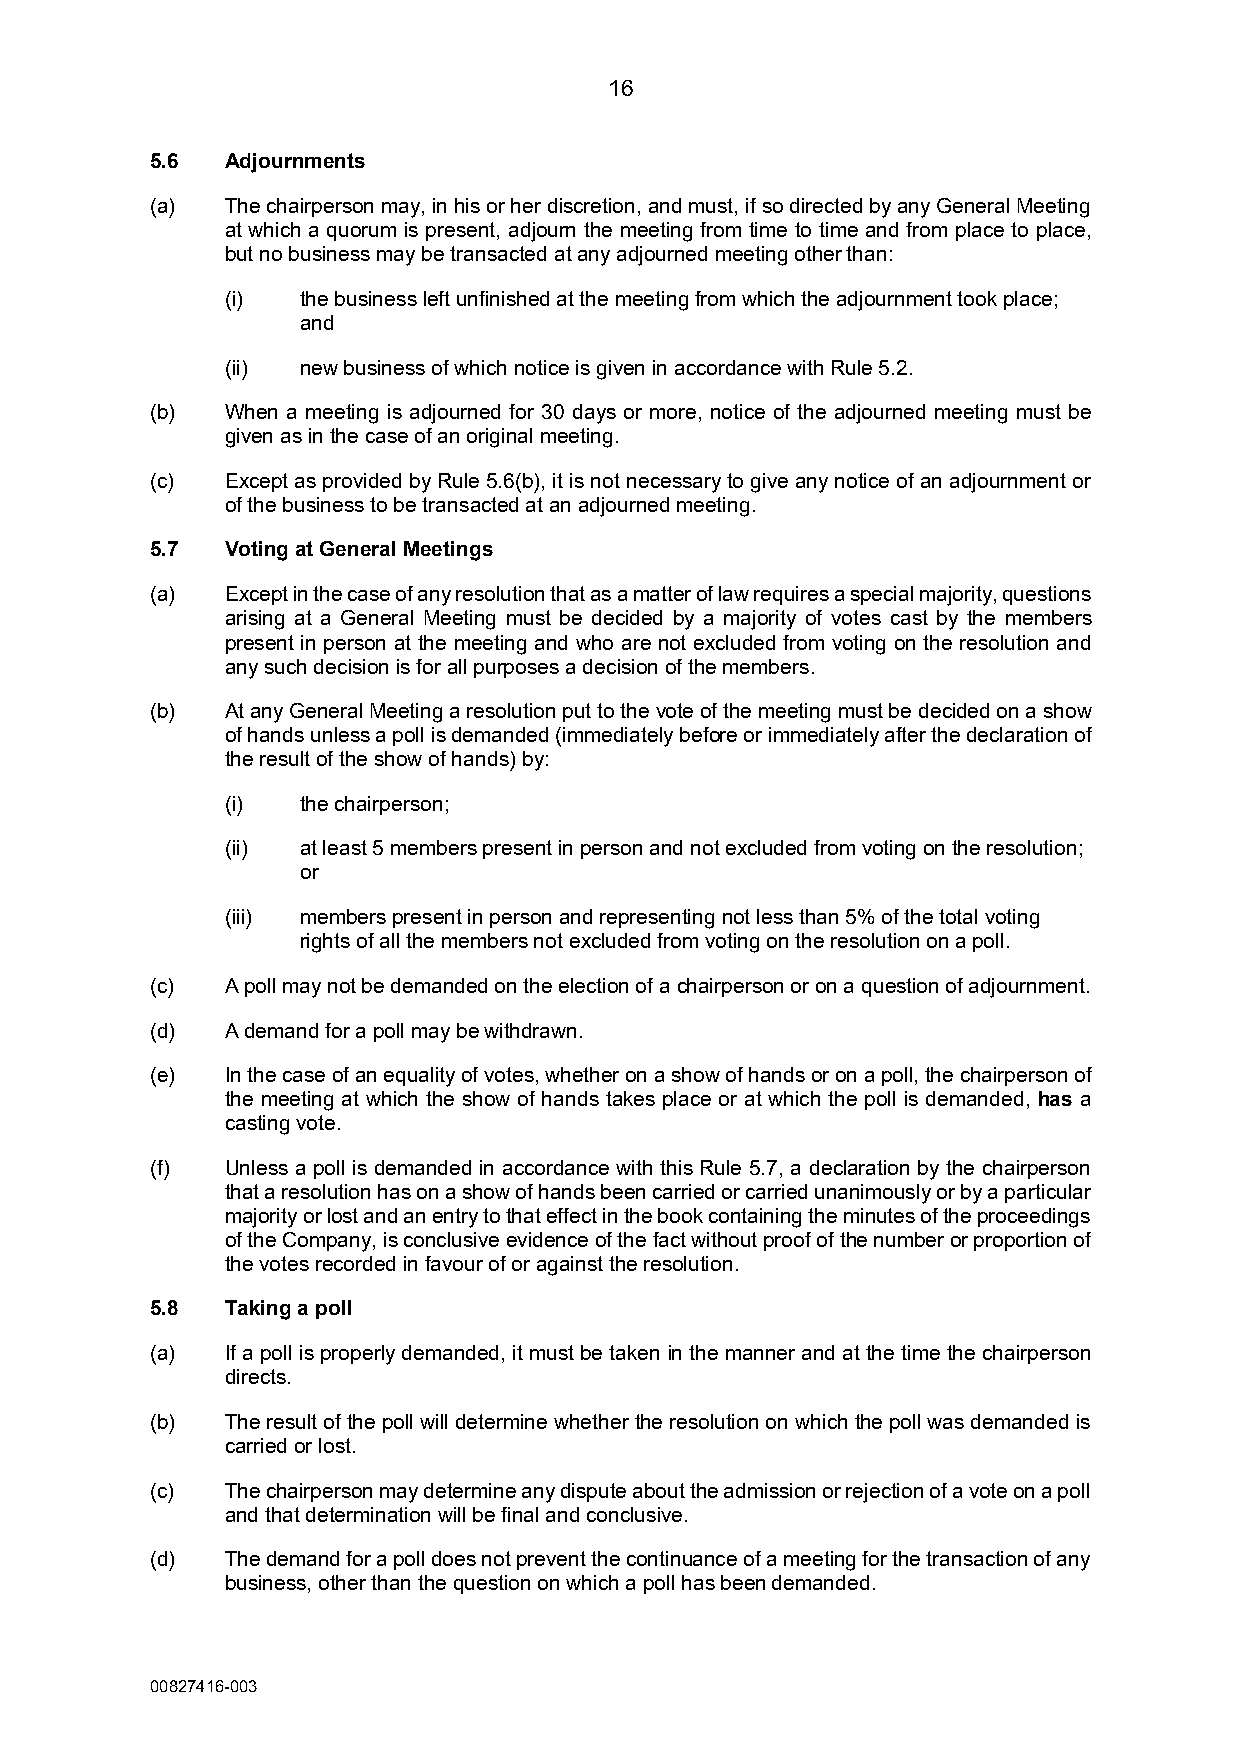
16
 5.6  Adjournments
 (a)  The chairperson may, in his or her discretion, and must, if so directed by any General Meeting
 at which a quorum is present, adjourn the meeting from time to time and from place to place,
 but no business may be transacted at any adjourned meeting other than:
 (i)  the business left unfinished at the meeting from which the adjournment took place;
 and
 (ii) new business of which notice is given in accordance with Rule 5.2.
 (b)  When a meeting is adjourned for 30 days or more, notice of the adjourned meeting must be
 given as in the case of an original meeting.
 (c)  Except as provided by Rule 5.6(b), it is not necessary to give any notice of an adjournment or
 of the business to be transacted at an adjourned meeting.
 5.7  Voting at General Meetings
 (a)  Except in the case of any resolution that as a matter of law requires a special majority, questions
 arising at a General Meeting must be decided by a majority of votes cast by the members
 present in person at the meeting and who are not excluded from voting on the resolution and
 any such decision is for all purposes a decision of the members.
 (b)  At any General Meeting a resolution put to the vote of the meeting must be decided on a show
 of hands unless a poll is demanded (immediately before or immediately after the declaration of
 the result of the show of hands) by:
 (i)  the chairperson;
 (ii) at least 5 members present in person and not excluded from voting on the resolution;
 or
 (iii) members present in person and representing not less than 5% of the total voting
 rights of all the members not excluded from voting on the resolution on a poll.
 (c)  A poll may not be demanded on the election of a chairperson or on a question of adjournment.
 (d)  A demand for a poll may be withdrawn.
 (e)  In the case of an equality of votes, whether on a show of hands or on a poll, the chairperson of
 the meeting at which the show of hands takes place or at which the poll is demanded, has a
 casting vote.
 (f)  Unless a poll is demanded in accordance with this Rule 5.7, a declaration by the chairperson
 that a resolution has on a show of hands been carried or carried unanimously or by a particular
 majority or lost and an entry to that effect in the book containing the minutes of the proceedings
 of the Company, is conclusive evidence of the fact without proof of the number or proportion of
 the votes recorded in favour of or against the resolution.
 5.8  Taking a poll
 (a)  If a poll is properly demanded, it must be taken in the manner and at the time the chairperson
 directs.
 (b)  The result of the poll will determine whether the resolution on which the poll was demanded is
 carried or lost.
 (c)  The chairperson may determine any dispute about the admission or rejection of a vote on a poll
 and that determination will be final and conclusive.
 (d)  The demand for a poll does not prevent the continuance of a meeting for the transaction of any
 business, other than the question on which a poll has been demanded.
 00827416-003